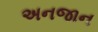
અનજાન